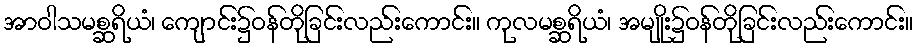
အာဝါသမစ္ဆရိယံ၊ ကျောင်း၌ဝန်တိုခြင်းလည်းကောင်း။ ကုလမစ္ဆရိယံ၊ အမျိုး၌ဝန်တိုခြင်းလည်းကောင်း။